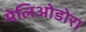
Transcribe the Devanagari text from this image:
मेलिओडोरा